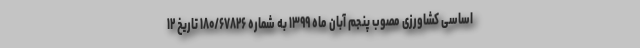
اساسی کشاورزی مصوب پنجم آبان ماه ۱۳۹۹ به شماره ۱۸۰/۶۷۸۲۶ تاریخ ۱۲